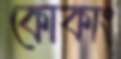
কোকাং